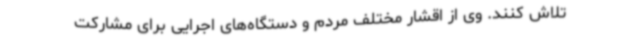
تلاش کنند. وی از اقشار مختلف مردم و دستگاه‌های اجرایی برای مشارکت